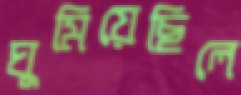
ঘুমিয়েছিলে